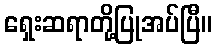
ရှေးဆရာတို့ပြုအပ်ပြီ။